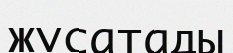
жусатады